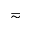
\eqsim